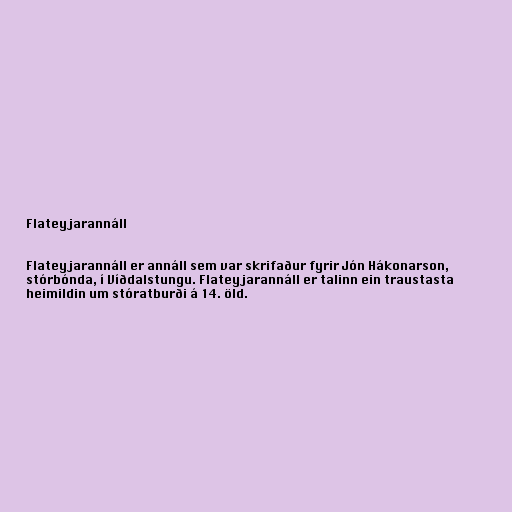
Flateyjarannáll

Flateyjarannáll er annáll sem var skrifaður fyrir Jón Hákonarson,
stórbónda, í Víðdalstungu. Flateyjarannáll er talinn ein traustasta
heimildin um stóratburði á 14. öld.